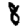
Digit: 8